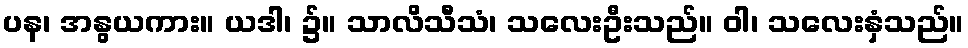
ပန၊ အနွယကား။ ယဒါ၊ ၌။ သာလိသီသံ၊ သလေးဦးသည်။ ဝါ၊ သလေးနှံသည်။